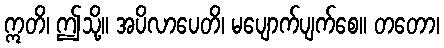
ဣတိ၊ ဤသို့။ အပိလာပေတိ၊ မပျောက်ပျက်စေ။ တတော၊